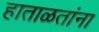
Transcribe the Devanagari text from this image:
हाताळतांना